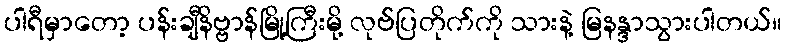
ပါရီမှာတော့ ပန်းချီနိဗ္ဗာန်မြို့ကြီးမို့ လုဗ်ပြတိုက်ကို သားနဲ့ မြနန္ဒာသွားပါတယ်။